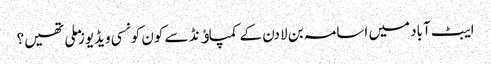
ایبٹ آباد میں اسامہ بن لادن کے کمپاﺅنڈ سے کون کونسی ویڈیوز ملی تھیں؟